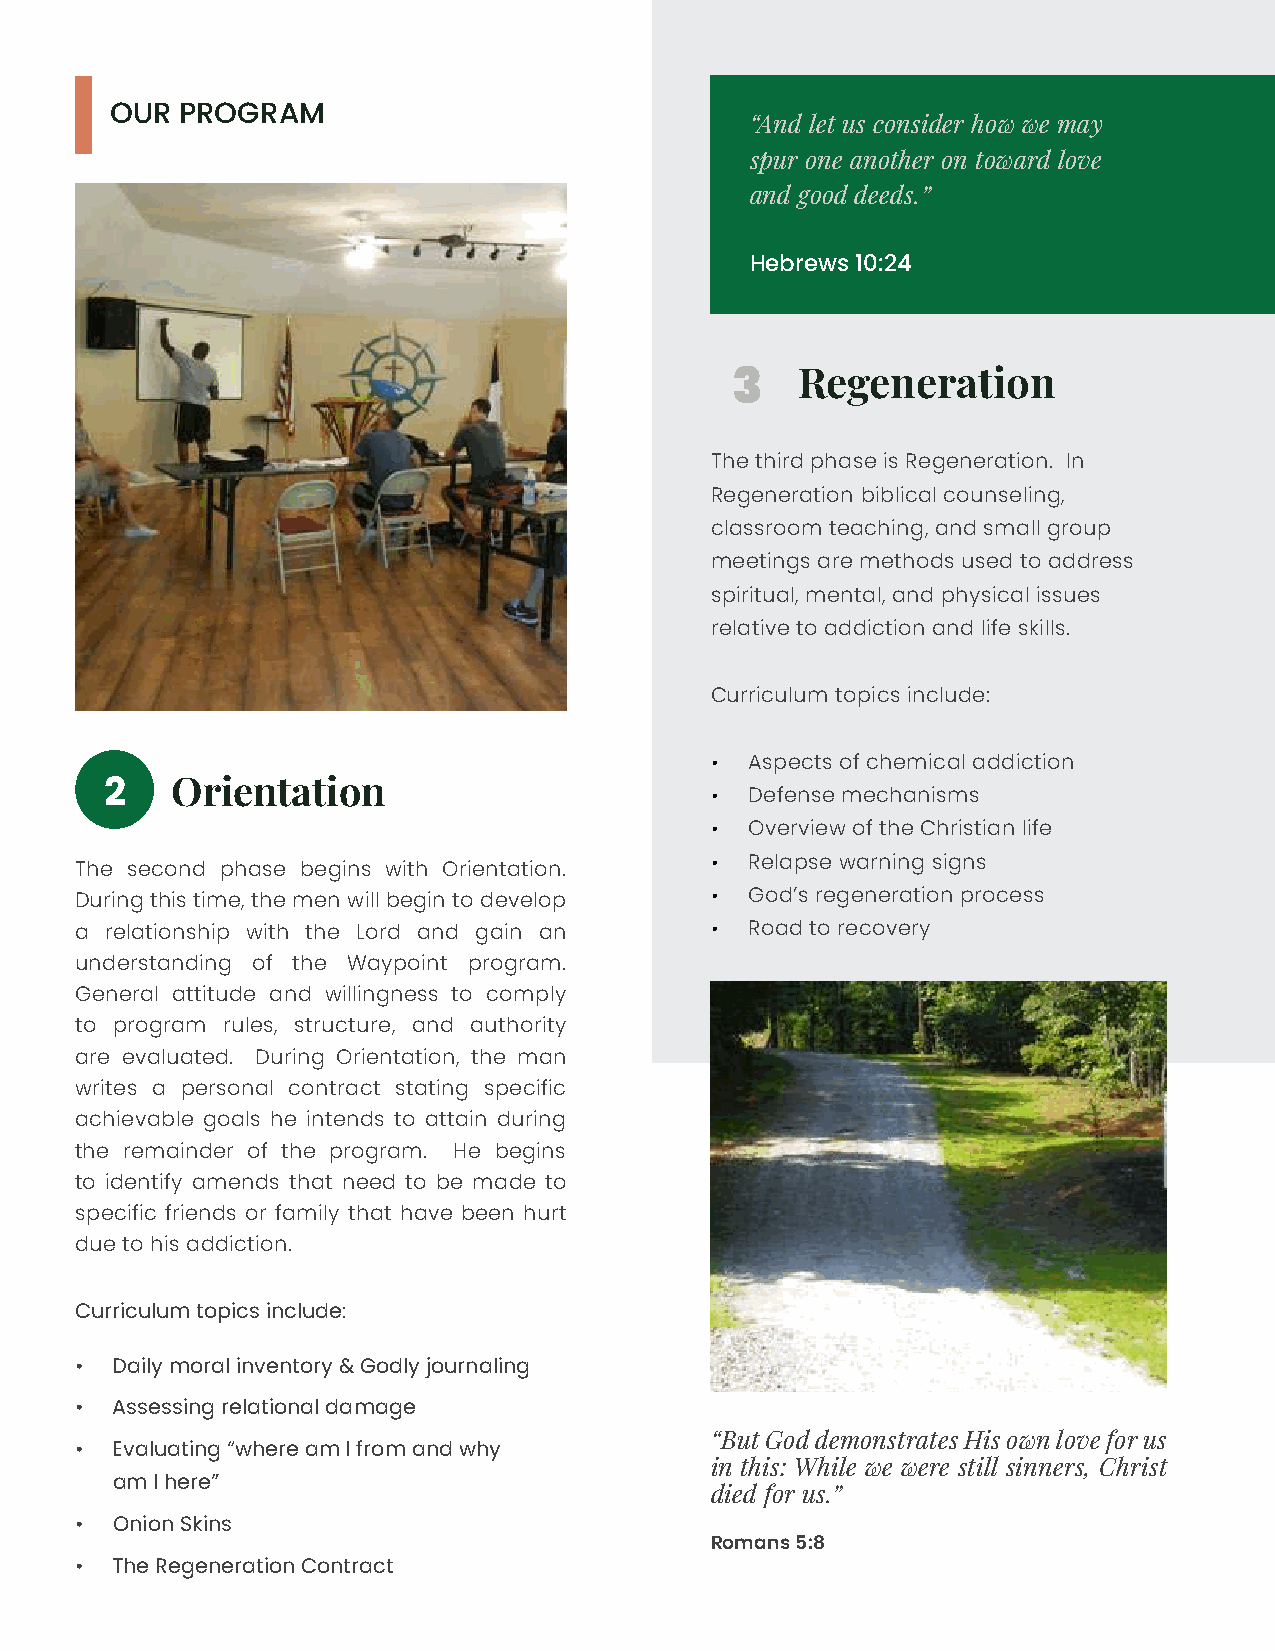
OUR  PROGRAM                                                            W
 “And let us consider how we may Me
 spur one another on toward love
 and good deeds.”
 Hebrews 10:24
 3
 Regeneration
 The third phase is Regeneration. In
 Regeneration biblical counseling,
 classroom teaching, and small group
 meetings are methods used to address
 spiritual, mental, and physical issues
 relative to addiction and life skills.
 Curriculum topics include:
 •  Aspects of chemical addiction
 2   Orientation
 •  Defense mechanisms
 •  Overview of the Christian life
 The second phase begins with Orientation. •  Relapse warning signs
 During this time, the men will begin to develop • God’s regeneration process
 a relationship with the Lord and gain an  •  Road to recovery
 understanding of the Waypoint program.
 General attitude and willingness to comply
 to program rules, structure, and authority
 are evaluated. During Orientation, the man
 writes a personal contract stating specific
 achievable goals he intends to attain during
 the remainder of the program. He begins
 to identify amends that need to be made to
 specific friends or family that have been hurt
 due to his addiction.
 Curriculum topics include:
 • Daily moral inventory & Godly journaling
 • Assessing relational damage
 “But God demonstrates His own love for us
 • Evaluating “where am I from and why
 in this: While we were still sinners, Christ
 am I here”
 died for us.”
 • Onion Skins
 Romans 5:8
 • The Regeneration Contract